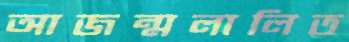
আজন্মলালিত